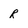
Character: R